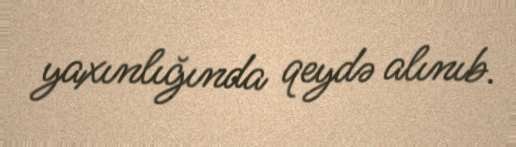
yaxınlığında qeydə alınıb.